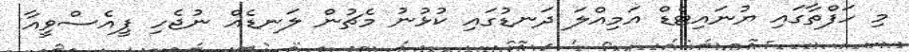
މި ހަފްތާގައި ޔުނައިޓެޑް އަމިއްލަ ދަނޑުގައި ކުޅުނު މެޗުން ލަނޑެއް ނުޖެހި ޕީއެސްވީއާ